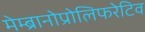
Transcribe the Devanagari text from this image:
मेम्ब्रानोप्रोलिफरेटिव